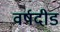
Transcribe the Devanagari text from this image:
वर्षदीड